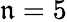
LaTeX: \mathfrak{n}=5